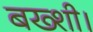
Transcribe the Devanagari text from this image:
बख्शी।